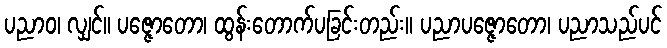
ပညာဝ၊ လျှင်။ ပဇ္ဇောတော၊ ထွန်းတောက်ပခြင်းတည်း။ ပညာပဇ္ဇောတော၊ ပညာသည်ပင်